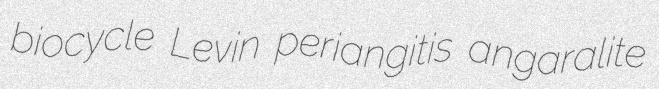
biocycle Levin periangitis angaralite